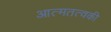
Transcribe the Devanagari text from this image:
आत्मतत्वकी